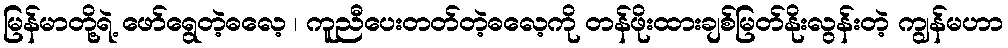
မြန်မာတို့ရဲ့ ဖော်ရွေတဲ့ဓလေ့ ၊ ကူညီပေးတတ်တဲ့ဓလေ့ကို တန်ဖိုးထားချစ်မြတ်နိုးလွန်းတဲ့ ကျွန်မဟာ